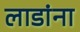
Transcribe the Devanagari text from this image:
लाडांना